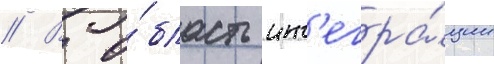
// В о́бласть инт'егра́ции